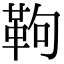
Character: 𩉿